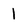
Character: 1